Report of the Indian Hemp Drugs Commission, 1894-1895 - Volume VIII
Year: 1894
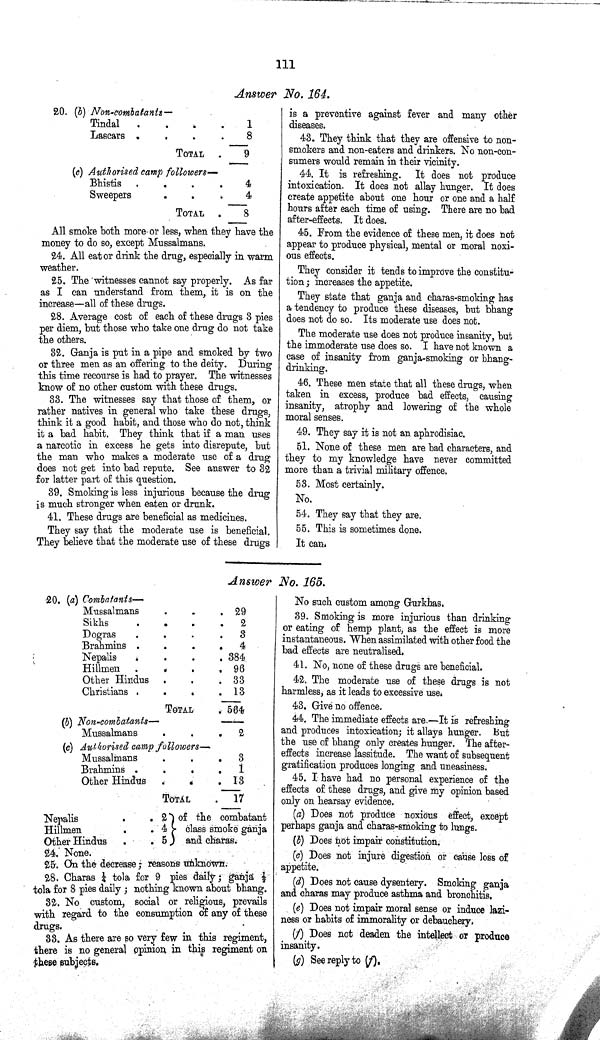
111
Answer No. 164.
20. (b) Non-combatants—
Tindal
1
Lascars
8
TOTAL
9
(c) Authorised camp followers—
Bhistis
4
Sweepers
4
TOTAL
8
All smoke both more or less, when they have the
money to do so, except Mussalmans.
24. All eat or drink the drug, especially in warm
weather.
25. The witnesses cannot say properly. As far
as I can understand from them, it is on the
increase—all of these drugs.
28. Average cost of each of these drugs 3 pies
per diem, but those who take one drug do not take
the others.
32. Ganja is put in a pipe and smoked by two
or three men as an offering to the deity. During
this time recourse is had to prayer. The witnesses
know of no other custom with these drugs.
33. The witnesses say that those of them, or
rather natives in general who take these drugs,
think it a good habit, and those who do not, think
it a bad habit. They think that if a man uses
a narcotic in excess he gets into disrepute, but
the man who makes a moderate use of a drug
does not get into bad repute. See answer to 32
for latter part of this question.
39. Smoking is less injurious because the drug
is much stronger when eaten or drunk.
41. These drugs are beneficial as medicines.
They say that the moderate use is beneficial.
They believe that the moderate use of these drugs
is a preventive against fever and many other
diseases.
43. They think that they are offensive to non-
smokers and non-eaters and drinkers. No non-con¬
sumers would remain in their vicinity.
44. It is refreshing.
It does not produce
intoxication. It does not allay hunger. It does
create appetite about one hour or one and a half
hours after each time of using. There are no bad
after-effects. It does.
45. From the evidence of these men, it does not
appear to produce physical, mental or moral noxi¬
ous effects.
They consider it tends to improve the constitu¬
tion; increases the appetite.
They state that ganja and charas-smoking has
a tendency to produce these diseases, but bhang
does not do so. Its moderate use does not.
The moderate use does not produce insanity, but
the immoderate use does so. I have not known a
case of insanity from ganja-smoking or bhang-
drinking.
46. These men state that all these drugs, when
taken in excess, produce bad effects, causing
insanity, atrophy and lowering of the whole
moral senses.
49. They say it is not an aphrodisiac.
51. None of these men are bad characters, and
they to my knowledge have never committed
more than a trivial military offence.
53. Most certainly.
No.
54. They say that they are.
55. This is sometimes done.
It can.
Answer No. 165.
20. (a) Combatants—
Mussalmans
29
Sikhs
2
Dogras
3
Brahmins
4
Nepalis
384
Hillmen
96
Other Hindus
33
Christians
13
TOTAL
564
(b) Non-combatants—
Mussalmans
2
(c) Authorised camp followers—
Mussalmans
3
Brahmins
1
Other Hindus
13
TOTAL
17
Nepalis
2 of the combatant
Hillmen
4
class smoke ganja
Other Hindus
5
and charas.
24. None.
25. On the decrease; reasons unknown.
28. Charas 1/4 tola for 9 pies daily; ganja 1/2
tola for 8 pies daily; nothing known about bhang.
32. No custom, social or religious, prevails
with regard to the consumption of any of these
drugs.
33. As there are so very few in this regiment,
there is no general opinion in this regiment on
these subjects.
No such custom among Gurkhas.
39. Smoking is more injurious than drinking
or eating of hemp plant, as the effect is more
instantaneous. When assimilated with other food the
bad effects are neutralised.
41. No, none of these drugs are beneficial.
42. The moderate use of these drugs is not
harmless, as it leads to excessive use.
43. Give no offence.
44. The immediate effects are.—It is refreshing
and produces intoxication; it allays hunger. But
the use of bhang only creates hunger. The after¬
effects increase lassitude. The want of subsequent
gratification produces longing and uneasiness.
45. I have had no personal experience of the
effects of these drugs, and give my opinion based
only on hearsay evidence.
(a) Does not produce noxious effect, except
perhaps ganja and charas-smoking to lungs.
(b) Does not impair constitution.
(c) Does not injure digestion or cause loss of
appetite.
(d) Does not cause dysentery. Smoking ganja
and charas may produce asthma and bronchitis.
(e) Does not impair moral sense or induce lazi¬
ness or habits of immorality or debauchery.
(f) Does not deaden the intellect or produce
insanity.
(g) See reply to (f).